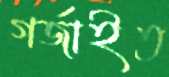
গর্‌জাইত